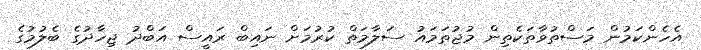
އެހެންކަމުން މަސްތުވާތަކެތިން މުޖުތަމައު ސަލާމަތް ކުރުމަށް ނައިބް ރައީސް އަބްދު ޖިހާދުގެ ބެލުމުގެ